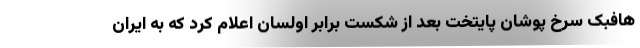
هافبک سرخ پوشان پایتخت بعد از شکست برابر اولسان اعلام کرد که به ایران